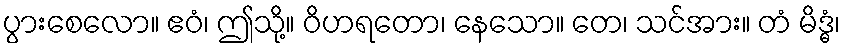
ပွားစေလော။ ဧဝံ၊ ဤသို့။ ဝိဟရတော၊ နေသော။ တေ၊ သင်အား။ တံ မိဒ္ဓံ၊